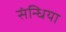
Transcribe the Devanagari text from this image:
संन्धिया